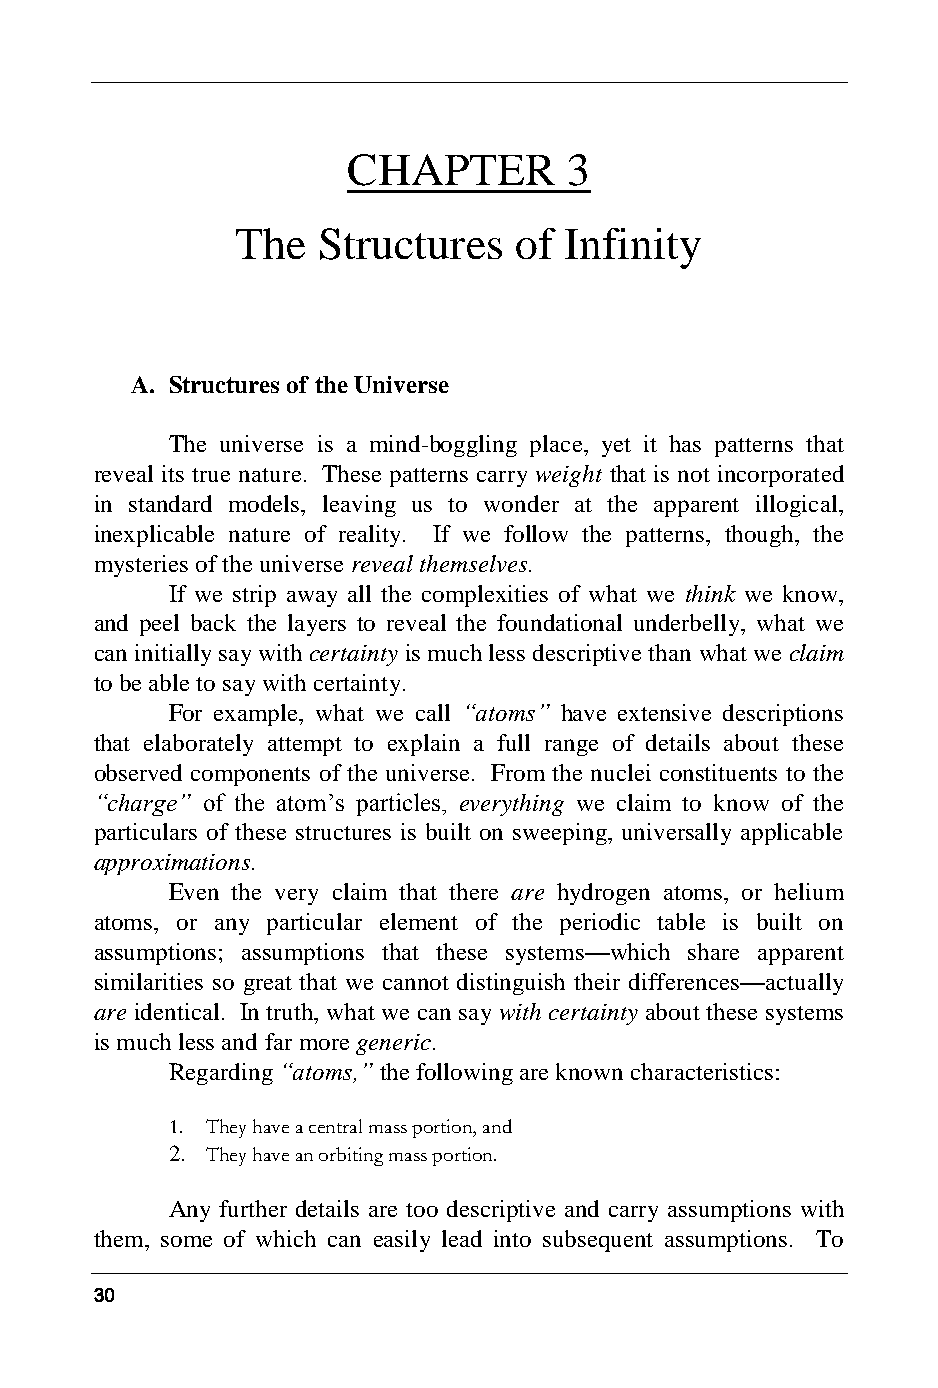
CHAPTER        3
 The  Structures   of Infinity
 A. Structures of the Universe
 The universe is a mind-boggling place, yet it has patterns that
 reveal its true nature. These patterns carry weight that is not incorporated
 in standard models, leaving us to wonder at the apparent illogical,
 inexplicable nature of reality. If we follow the patterns, though, the
 mysteries of the universe reveal themselves.
 If we strip away all the complexities of what we think we know,
 and peel back the layers to reveal the foundational underbelly, what we
 can initially say with certainty is much less descriptive than what we claim
 to be able to say with certainty.
 For example, what we call “atoms” have extensive descriptions
 that elaborately attempt to explain a full range of details about these
 observed components of the universe. From the nuclei constituents to the
 “charge” of the atom’s particles, everything we claim to know of the
 particulars of these structures is built on sweeping, universally applicable
 approximations.
 Even the very claim that there are hydrogen atoms, or helium
 atoms, or any particular element of the periodic table is built on
 assumptions; assumptions that these systems—which share apparent
 similarities so great that we cannot distinguish their differences—actually
 are identical. In truth, what we can say with certainty about these systems
 is much less and far more generic.
 Regarding “atoms,” the following are known characteristics:
 1. They have a central mass portion, and
 2. They have an orbiting mass portion.
 Any further details are too descriptive and carry assumptions with
 them, some of which can easily lead into subsequent assumptions. To
 30